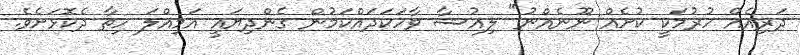
ދަރިއެއް ހުރުމަކީ ކުށެއް ނޫނެއްނު" ލިއުޝާ ވާހަކަދައްކަމުން ގެންދިޔައީ އަމިއްލަ ހިތާ ދެކޮޅަށެވެ.